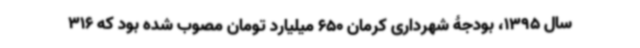
سال 1395، بودجۀ شهرداری کرمان 650 میلیارد تومان مصوب شده بود که 316